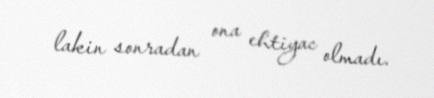
lakin sonradan ona ehtiyac olmadı.